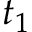
t _ { 1 }